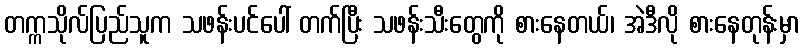
တက္ကသိုလ်ပြည်သူက သဖန်းပင်ပေါ် တက်ပြီး သဖန်းသီးတွေကို စားနေတယ်၊ အဲဒီလို စားနေတုန်းမှာ